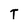
Character: T